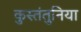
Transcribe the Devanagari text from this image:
कुस्तंतुनिया